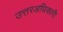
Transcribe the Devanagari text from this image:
उत्तरअधिकारी